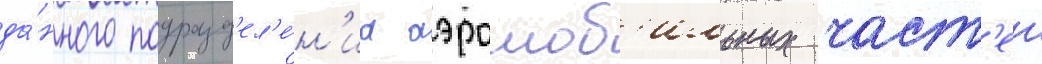
да́нного подразд'ел'е́н'иа аэромоб'ильных част'еи